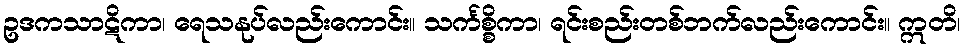
ဥဒကသာဋိကာ၊ ရေသနုပ်လည်းကောင်း။ သင်္ကစ္စိကာ၊ ရင်းစည်းတစ်ဘက်လည်းကောင်း။ ဣတိ၊